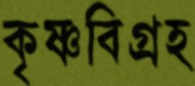
কৃষ্ণবিগ্রহ